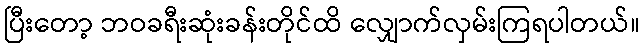
ပြီးတော့ ဘဝခရီးဆုံးခန်းတိုင်ထိ လျှောက်လှမ်းကြရပါတယ်။